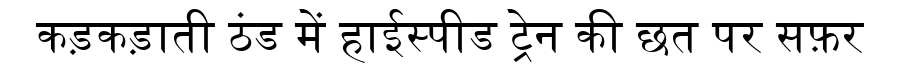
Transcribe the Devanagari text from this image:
कड़कड़ाती ठंड में हाईस्पीड ट्रेन की छत पर सफ़र